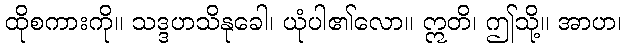
ထိုစကားကို။ သဒ္ဒဟသိနုခေါ၊ ယုံပါ၏လော။ ဣတိ၊ ဤသို့။ အာဟ၊